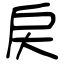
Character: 戻